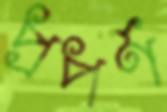
প্রপর্ণ